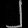
Digit: ၂